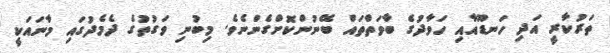
ތަރުކާރީ އަދި ހަނޑޫއާއި ހަވާދުގެ ބާވަތްތައް ބޭނުންކޮށްގެންނެވެ. މިބުނި ވަގުތުގެ ދެމެދުގައި މާނައަކީ